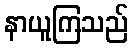
နာယူကြသည်